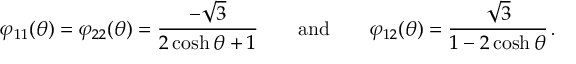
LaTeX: \varphi _ { 1 1 } ( \theta ) = \varphi _ { 2 2 } ( \theta ) = \frac { - \sqrt { 3 } } { 2 \cosh \theta + 1 } \qquad \mathrm { a n d } \qquad \varphi _ { 1 2 } ( \theta ) = \frac { \sqrt { 3 } } { 1 - 2 \cosh \theta } \, .